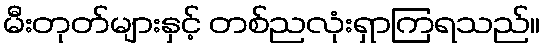
မီးတုတ်များနှင့် တစ်ညလုံးရှာကြရသည်။